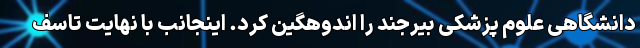
دانشگاهی علوم پزشکی بیرجند را اندوهگین کرد. اینجانب با نهایت تاسف